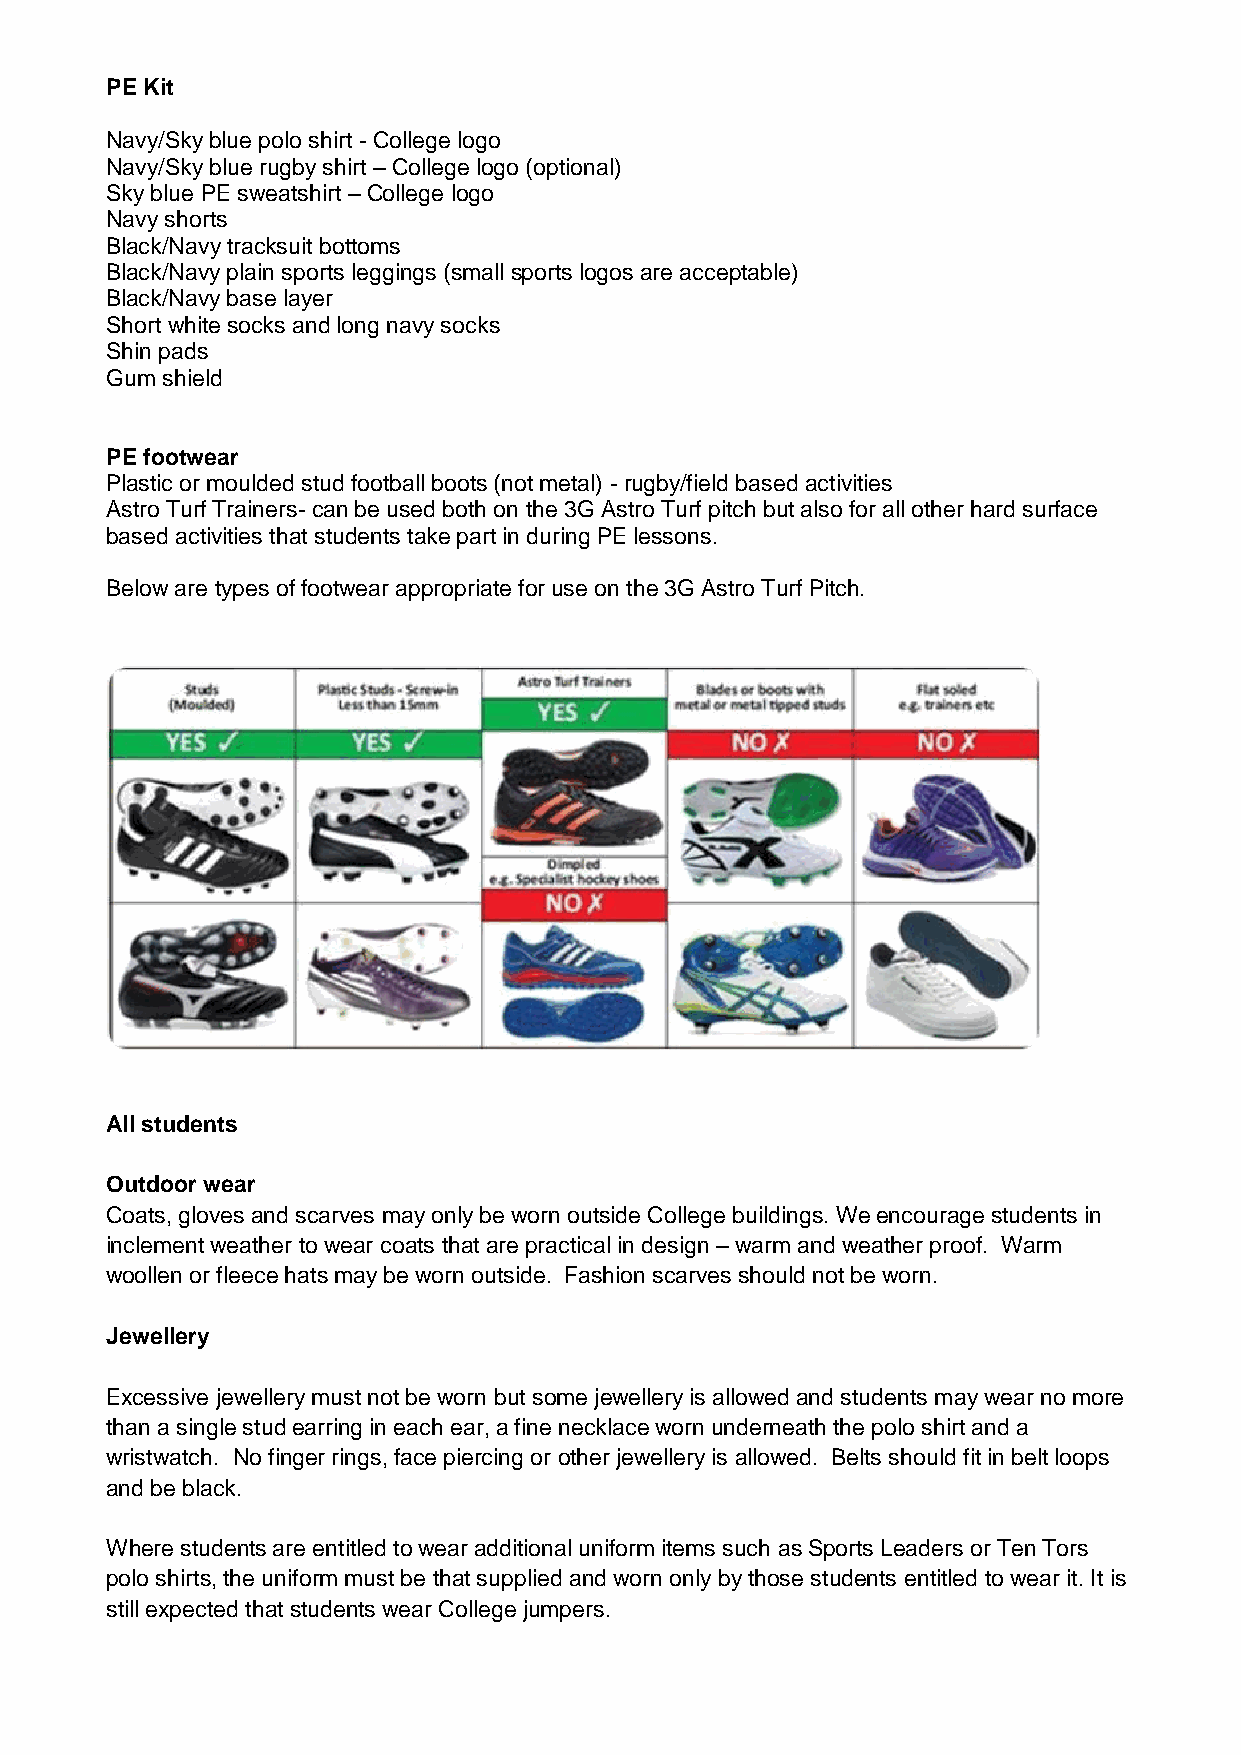
PE Kit
 Navy/Sky blue polo shirt - College logo
 Navy/Sky blue rugby shirt – College logo (optional)
 Sky blue PE sweatshirt – College logo
 Navy shorts
 Black/Navy tracksuit bottoms
 Black/Navy plain sports leggings (small sports logos are acceptable)
 Black/Navy base layer
 Short white socks and long navy socks
 Shin pads
 Gum shield
 PE footwear
 Plastic or moulded stud football boots (not metal) - rugby/field based activities
 Astro Turf Trainers- can be used both on the 3G Astro Turf pitch but also for all other hard surface
 based activities that students take part in during PE lessons.
 Below are types of footwear appropriate for use on the 3G Astro Turf Pitch.
 All students
 Outdoor wear
 Coats, gloves and scarves may only be worn outside College buildings. We encourage students in
 inclement weather to wear coats that are practical in design – warm and weather proof. Warm
 woollen or fleece hats may be worn outside. Fashion scarves should not be worn.
 Jewellery
 Excessive jewellery must not be worn but some jewellery is allowed and students may wear no more
 than a single stud earring in each ear, a fine necklace worn underneath the polo shirt and a
 wristwatch. No finger rings, face piercing or other jewellery is allowed. Belts should fit in belt loops
 and be black.
 Where students are entitled to wear additional uniform items such as Sports Leaders or Ten Tors
 polo shirts, the uniform must be that supplied and worn only by those students entitled to wear it. It is
 still expected that students wear College jumpers.